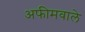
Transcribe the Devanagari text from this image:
अफीमवाले